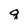
Character: q